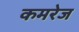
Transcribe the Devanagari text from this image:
कमरेज